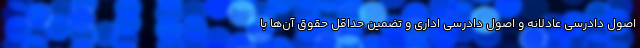
اصول دادرسی عادلانه و اصول دادرسی اداری و تضمین حداقل حقوق آن‌ها با